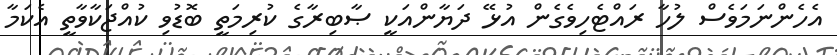
އެހެންނަމަވެސް ލުހާ ރައްޓެހިވެގެން އުޅޭ ދަޔާންއަކީ ޞާބިރާގެ ކުރިމަތީ ބޮޑުވި ކުއްޖަކާވާތީ އެކަމާ